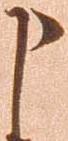
申